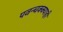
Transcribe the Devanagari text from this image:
पवन्चक्क्याही